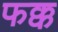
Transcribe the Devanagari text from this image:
फक्क